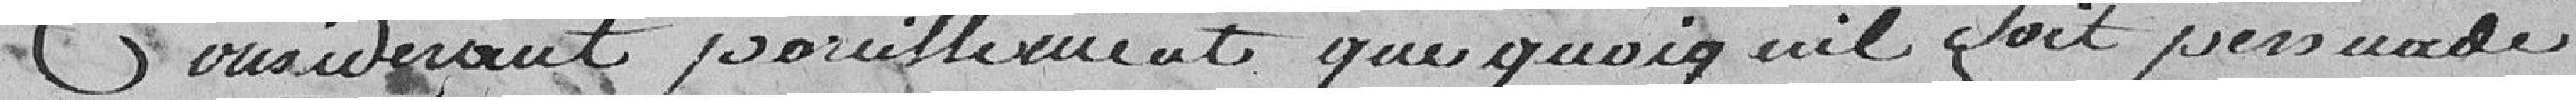
Considérant pareillement que quoiqu'il soit persuadé